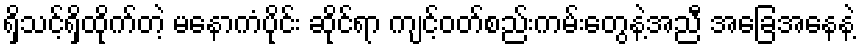
ရှိသင့်ရှိထိုက်တဲ့ မနောကံပိုင်း ဆိုင်ရာ ကျင့်ဝတ်စည်းကမ်းတွေနဲ့အညီ အခြေအနေနဲ့